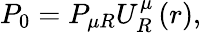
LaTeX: P_{0}=P_{\mu R}U_{R}^{\mu}\left(r\right),